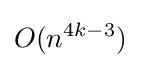
O(n^{4k-3})